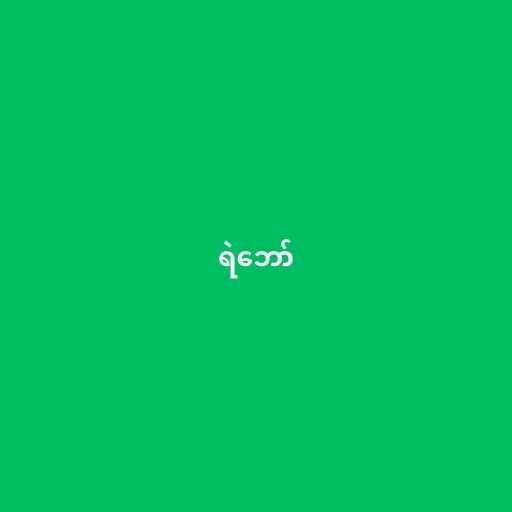
ရဲဘော်